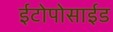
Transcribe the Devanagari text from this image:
ईटोपोसाईड